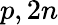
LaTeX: p,2n